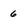
Character: 6